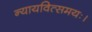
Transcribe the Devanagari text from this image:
न्यायवित्समयः।